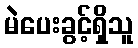
မဲပေးခွင့်ရှိသူ